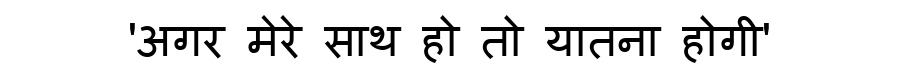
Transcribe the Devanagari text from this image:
'अगर मेरे साथ हो तो यातना होगी'